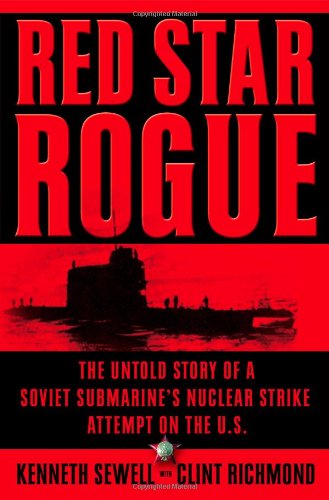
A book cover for Red Star Rogue: The Untold Story of a Soviet Submarine's Nuclear Strike Attempt on the U.S.; Kenneth Sewell; History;